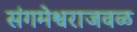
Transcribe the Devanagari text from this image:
संगमेश्वराजवळ